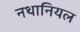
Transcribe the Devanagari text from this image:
नथानियल